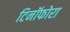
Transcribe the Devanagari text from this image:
टिनॉफोरा